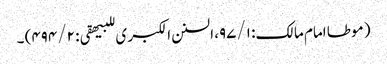
( موطا امام مالک: ۹۷/۱، السنن الکبر ی للبیھقی: ۴۹۴/۲) ۔